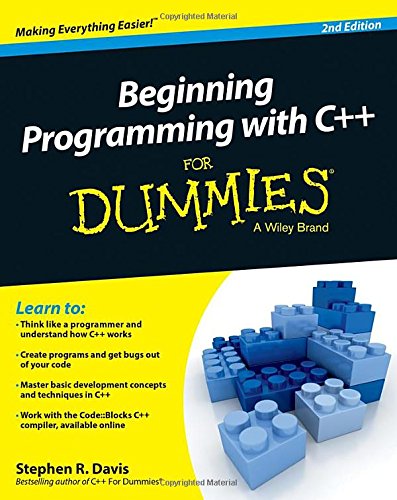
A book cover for Beginning Programming with C++ For Dummies; Stephen R. Davis; Computers & Technology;